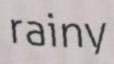
rainy